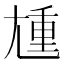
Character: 尰